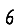
Digit: 6